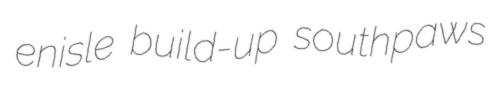
enisle build-up southpaws